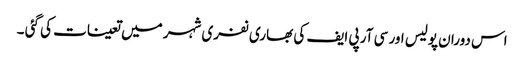
اس دوران پولیس اور سی آر پی ایف کی بھاری نفری شہر میں تعینات کی گئی ۔